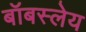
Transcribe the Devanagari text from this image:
बॉबस्लेय